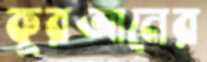
কুরআনের